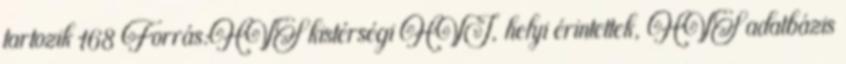
tartozik 168 Forrás:HVS kistérségi HVI, helyi érintettek, HVS adatbázis